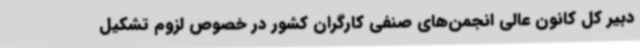
دبیر کل کانون عالی انجمن‌های صنفی کارگران کشور در خصوص لزوم تشکیل